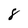
Character: 8